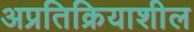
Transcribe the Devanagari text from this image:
अप्रतिक्रियाशील